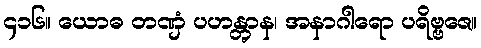
၄၁၆။ ယောဓ တဏှံ ပဟန္တွာန၊ အနာဂါရော ပရိဗ္ဗဇေ။